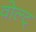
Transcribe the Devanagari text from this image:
वोल्ट्